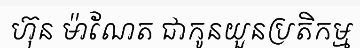
ហ៊ុន ម៉ាណែត ជាកូនយួនប្រតិកម្ម